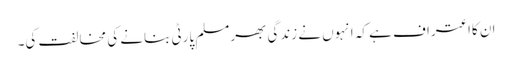
ان کااعتراف ہے کہ انہوں نے زندگی بھرمسلم پارٹی بنانے کی مخالفت کی۔